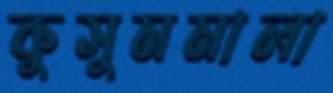
কুসুমমালা